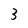
Character: 3